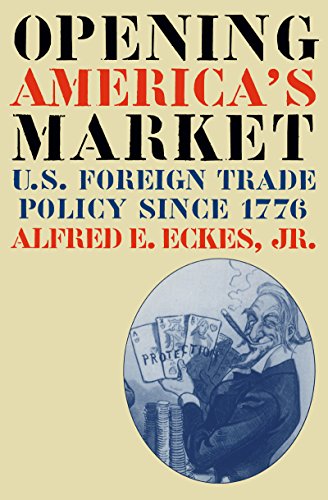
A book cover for Opening America's Market: U.S. Foreign Trade Policy Since 1776 (Business, Society & the State); Alfred E. Eckes; Business & Money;